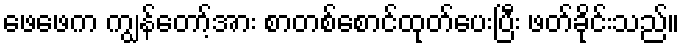
ဖေဖေက ကျွန်တော့်အား စာတစ်စောင်ထုတ်ပေးပြီး ဖတ်ခိုင်းသည်။